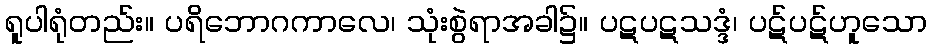
ရူပါရုံတည်း။ ပရိဘောဂကာလေ၊ သုံးစွဲရာအခါ၌။ ပဋပဋသဒ္ဒံ၊ ပဋ်ပဋ်ဟူသော